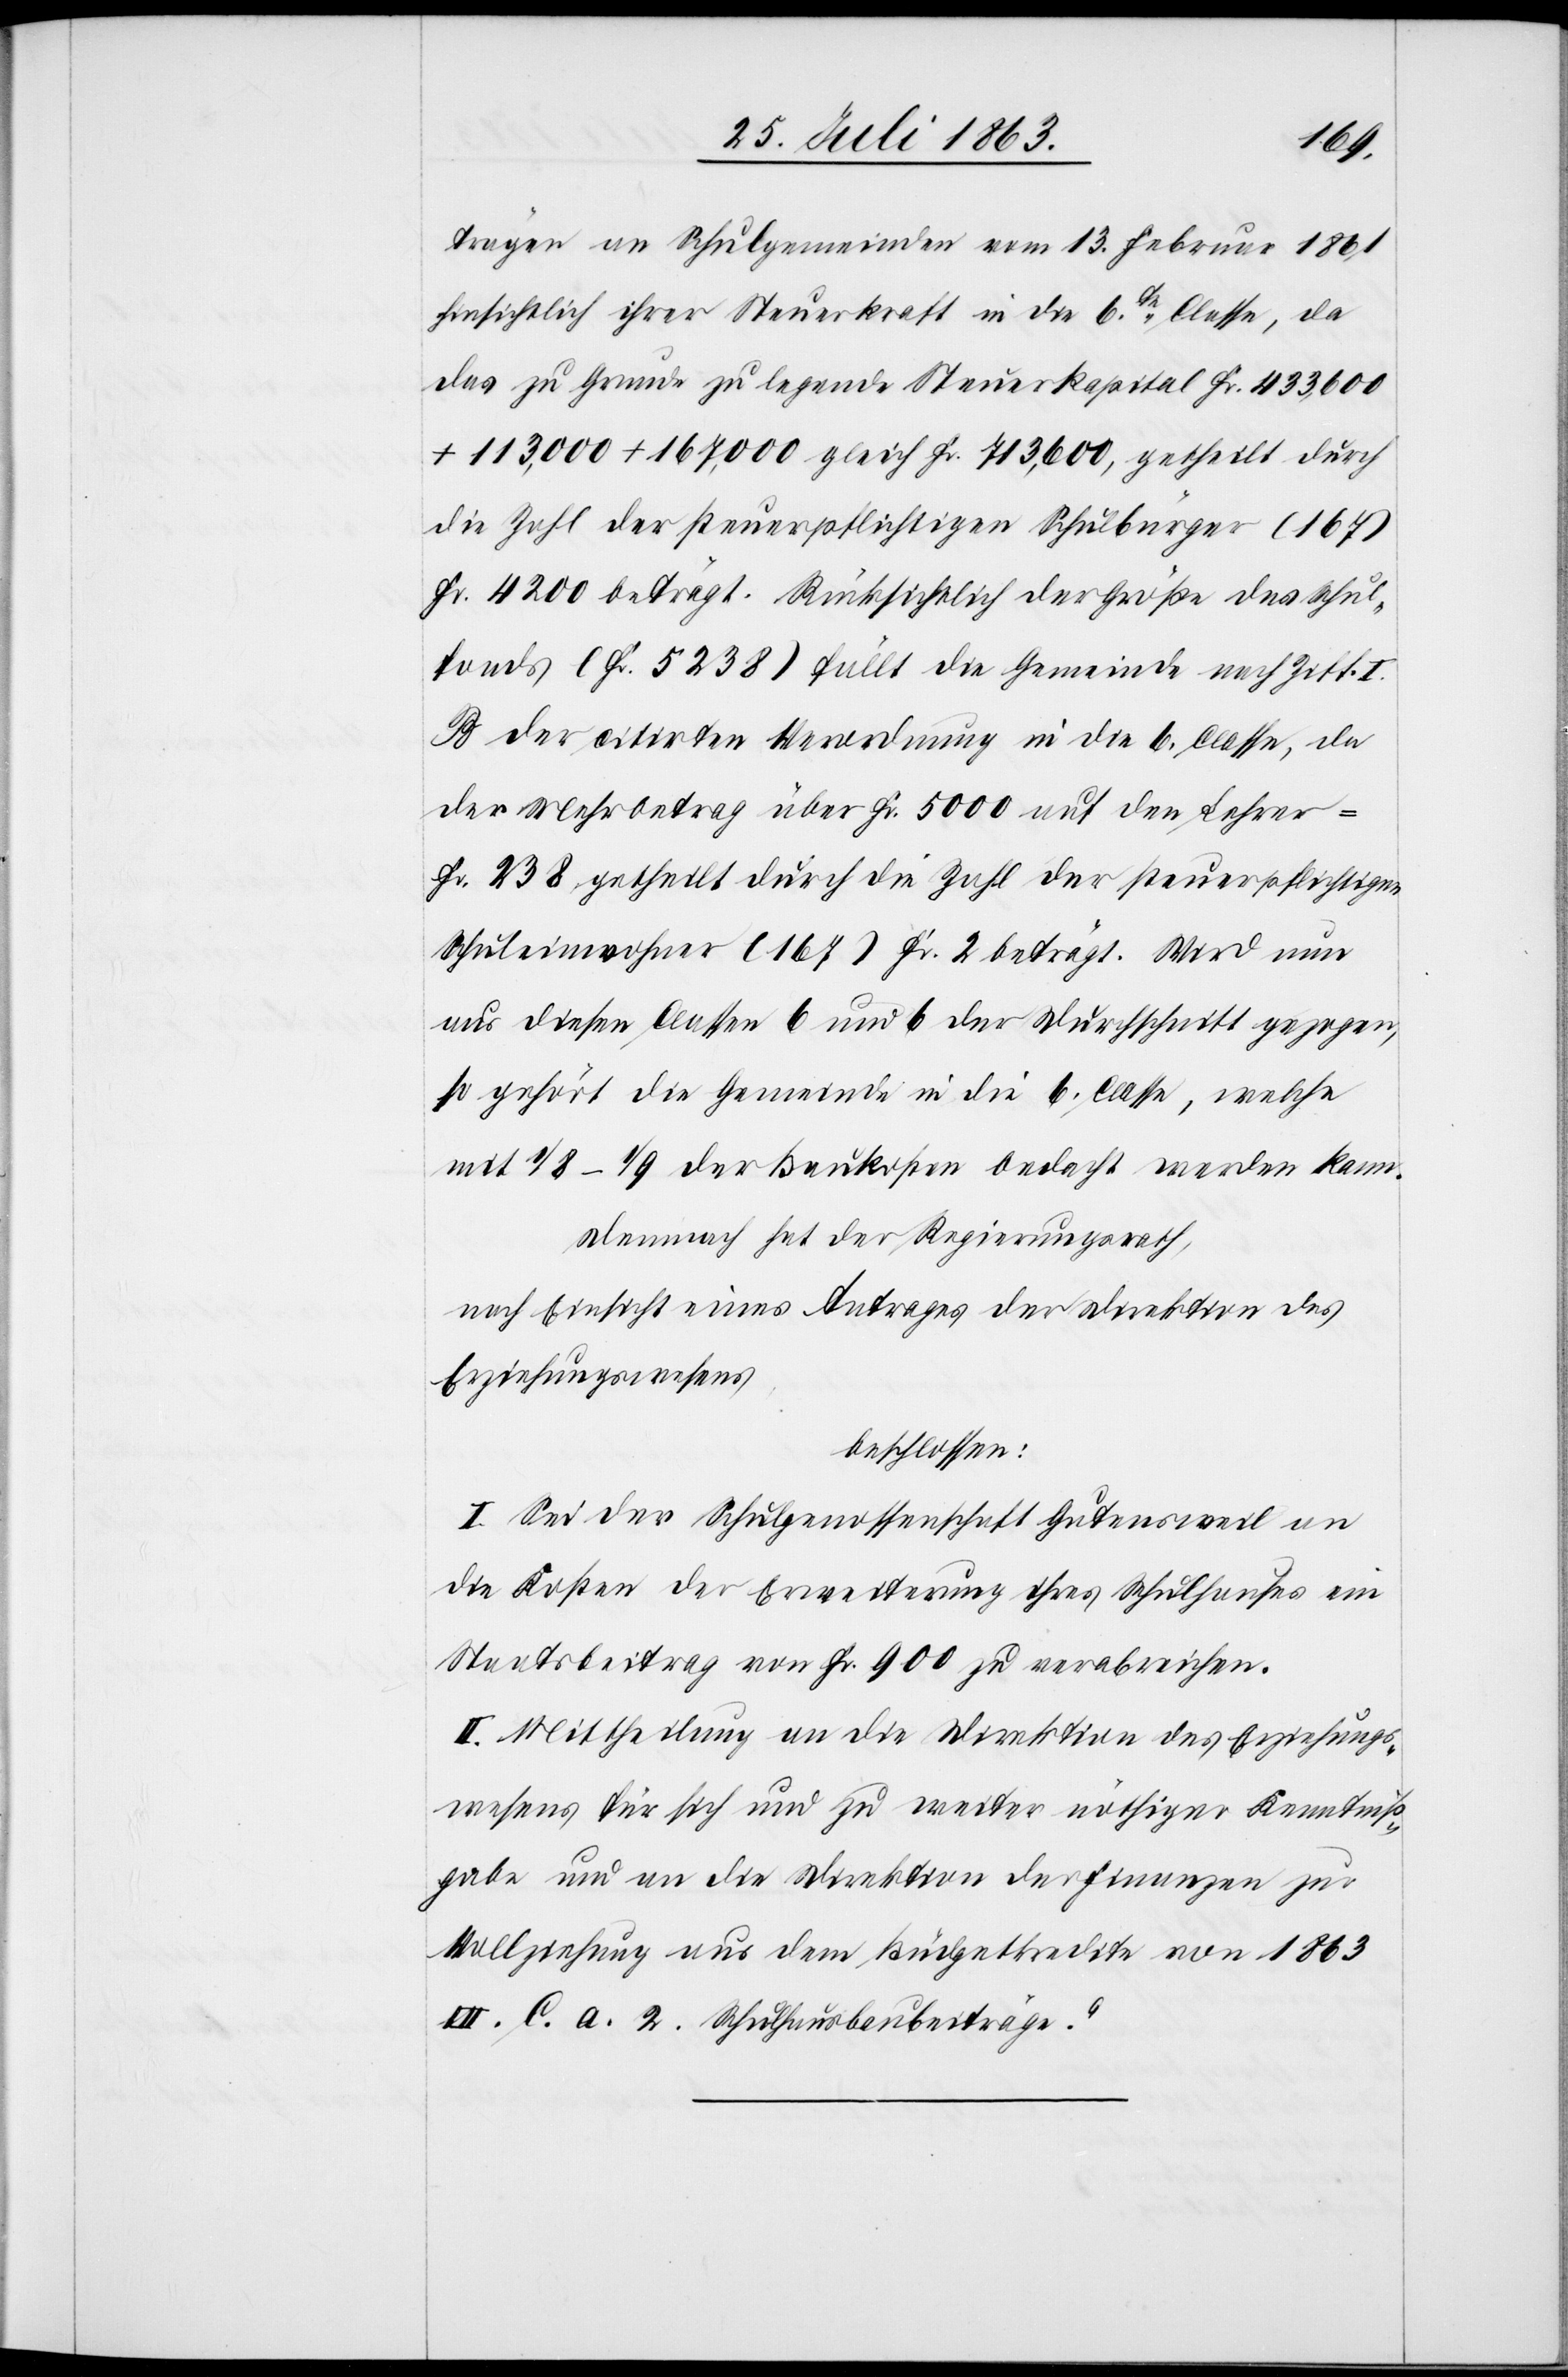
trägen an Schulgemeinden vom 13. Februar 1861
hinsichtlich ihrer Steuerkraft in die 6te Classe, da
das zu Grunde zu legende Steuerkapital Fr. 433,600
+ 113,000 + 167,000 gleich Fr. 713,600, getheilt durch
die Zahl der steuerpflichtigen Schulbürger (167)
Fr. 4200 beträgt. Rücksichtlich der Größe des Schul¬
fonds (Fr. 5238) fällt die Gemeinde nach Ziff. I.
B der citirten Verordnung in die 6. Classe, da
der Mehrbetrag über Fr. 5000 auf den Lehrer
Fr. 238 getheilt durch die Zahl der steuerpflichtigen
Schuleinwohner (167) Fr. 2 beträgt. Wird nun
aus diesen Classen 6 und 6 der Durchschnitt gezogen,
so gehört die Gemeinde in die 6. Classe, welche
mit 1/8–1/9 der Baukosten bedacht werden kann.
Demnach hat der Regierungsrath,
nach Einsicht eines Antrages der Direktion des
Erziehungswesens,
beschlossen:
I. Sei der Schulgenossenschaft Gutensweil an
die Kosten der Erweiterung ihres Schulhauses ein
Staatsbeitrag von Fr. 900 zu verabreichen.
II. Mittheilung an die Direktion des Erziehungs¬
wesens für sich und zu weiter nöthiger Kenntniß¬
gabe und an die Direktion der Finanzen zur
Vollziehung aus dem Büdgetkredite von 1863
„VII. C. a. 2. Schulhausbaubeiträge”.